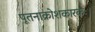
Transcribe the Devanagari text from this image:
पूतनाक्रोशकारकः।